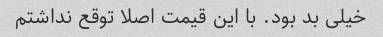
خیلی بد بود. با این قیمت اصلا توقع نداشتم